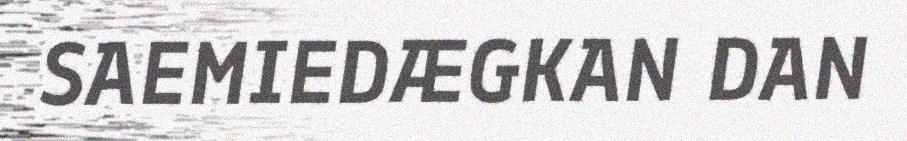
SAEMIEDÆGKAN DAN